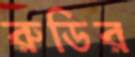
রুডির